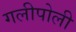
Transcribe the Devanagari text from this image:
गलीपोली